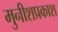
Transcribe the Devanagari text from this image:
मुनीशप्रकाश